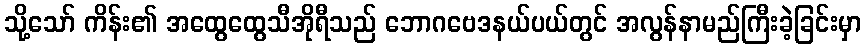
သို့သော် ကိန်း၏ အထွေထွေသီအိုရီသည် ဘောဂဗေဒနယ်ပယ်တွင် အလွန်နာမည်ကြီးခဲ့ခြင်းမှာ